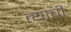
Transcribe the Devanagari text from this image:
त्‍याची